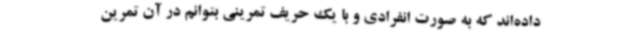
داده‌اند که به صورت انفرادی و با یک حریف تمرینی بتوانم در آن تمرین